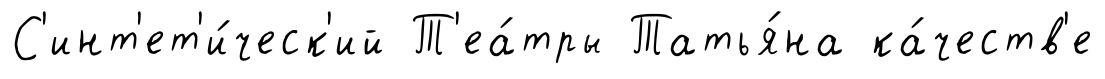
С'инт'ет'и́ческ'ий Т'еа́тры Татья́на ка́честв'е